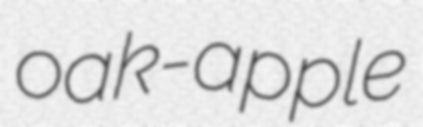
oak-apple